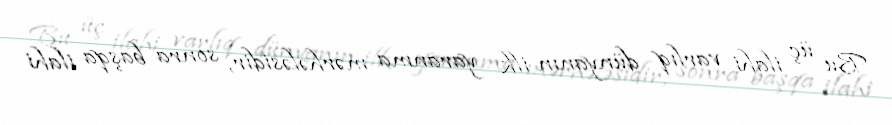
Bu üç ilahi varlıq dünyanın ilk yaranma mərhələsidir, sonra başqa ilahi